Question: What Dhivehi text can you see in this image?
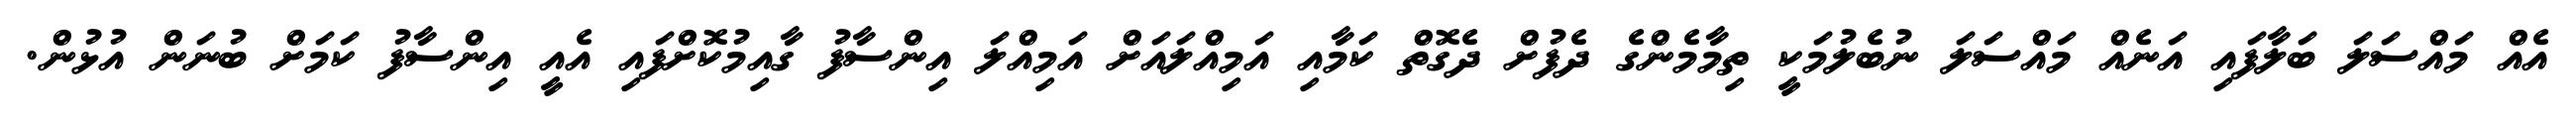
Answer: އެއް މައްސަލަ ބަލާފައި އަނެއް މައްސަލަ ނުބެލުމަކީ ތިމާމެންގެ ދެފުށް ދެގޮތް ކަމާއި އަމިއްލައަށް އަމިއްލަ އިންސާފު ގާއިމުކޮށްފައި އެއީ އިންސާފު ކަމަށް ބުނަން އުޅުން.